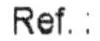
REF. :